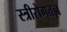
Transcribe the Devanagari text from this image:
स्त्रीरोगतज्ञ